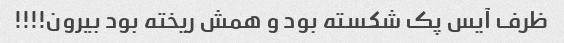
ظرف آیس پک شکسته بود و همش ریخته بود بیرون!!!!